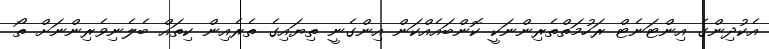
އެކުދިންގެ އިންޓަނެޓް ރަހުމަތްތެރިންނަކީ ކޮންބައެއްކަން އިންގެނީ ތިޔައިގެ ތެރެއިން ކިތައް ބެލެނިވެރިންނަށް ތޯ